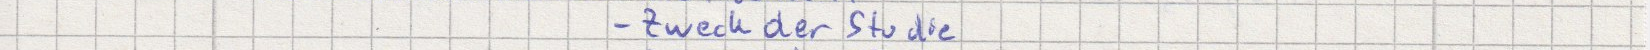
- Zweck der Studie